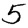
Digit: 5